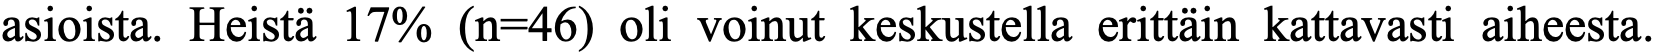
asioista. Heistä 17% (n=46) oli voinut keskustella erittäin kattavasti aiheesta.